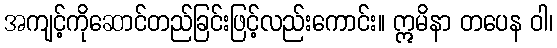
အကျင့်ကိုဆောင်တည်ခြင်းဖြင့်လည်းကောင်း။ ဣမိနာ တပေန ဝါ၊